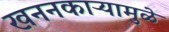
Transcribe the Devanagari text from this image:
खननकाऱ्यामुळे